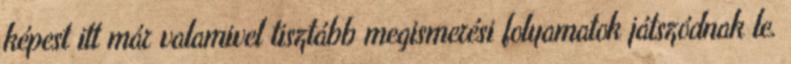
képest itt már valamivel tisztább megismerési folyamatok játszódnak le.